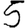
Digit: 5